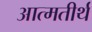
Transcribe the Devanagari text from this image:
आत्मतीर्थ